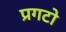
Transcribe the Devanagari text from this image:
प्रगटो